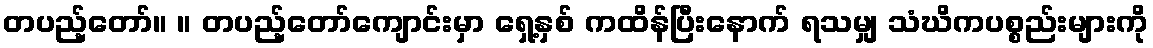
တပည့်တော်။ ။ တပည့်တော်ကျောင်းမှာ ရှေ့နှစ် ကထိန်ပြီးနောက် ရသမျှ သံဃိကပစ္စည်းများကို